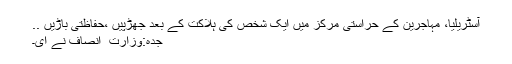
آسٹریلیا، مہاجرین کے حراستی مرکز میں ایک شخص کی ہلاکت کے بعد جھڑپیں ،حفاظتی باڑیں ..
جدہ:وزارت ِ انصاف نے ای۔